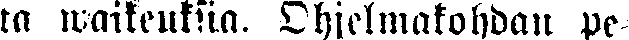
ta waikeuksia. Ohjelmakohdan pe-